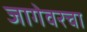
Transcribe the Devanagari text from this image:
जागेवरचा